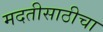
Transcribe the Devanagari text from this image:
मदतीसाठीचा